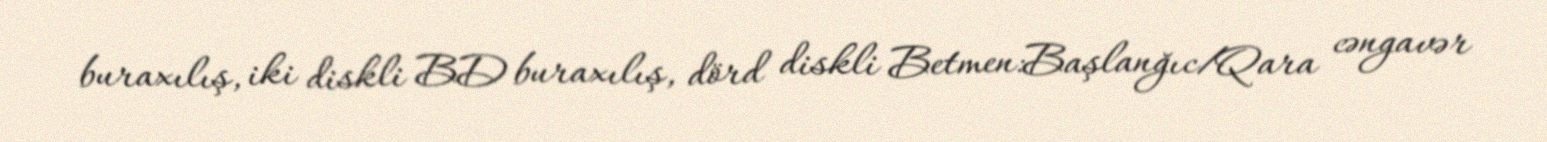
buraxılış, iki diskli BD buraxılış, dörd diskli Betmen:Başlanğıc/Qara cəngavər